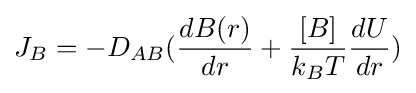
J_{B}=-D_{AB}({\frac {dB(r)}{dr}}+{\frac {[B]}{k_{B}T}}{\frac {dU}{dr}})